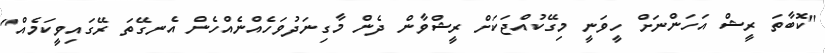
"ކޮބާތަ ރީޝް އަހަންނަށް ހީވަނީ މިގޭކުއްޖަކަށް ރީޝްވާން ދެން މާގިނަދުވަހެއްނެއްހެން އެނގޭތަ ރޭގައިވީކަމެއް"